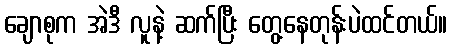
ချောစုက အဲဒီ လူနဲ့ ဆက်ပြီး တွေ့နေတုန်းပဲထင်တယ်။